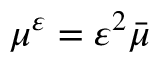
\mu ^ { \varepsilon } = \varepsilon ^ { 2 } \bar { \mu }